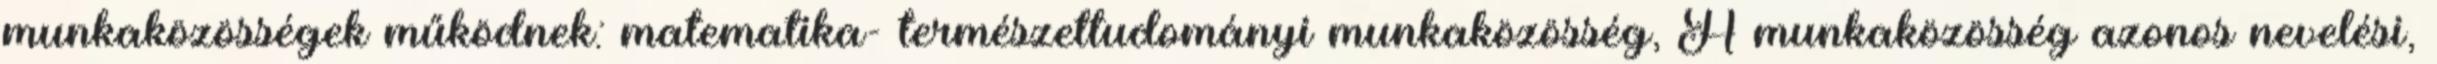
munkaközösségek működnek: matematika- természettudományi munkaközösség, A munkaközösség azonos nevelési,